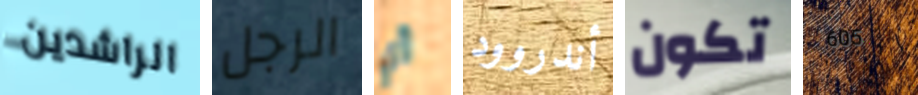
الراشدين الرجل أي أندروود تكون 605